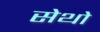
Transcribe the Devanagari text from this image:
सेथो